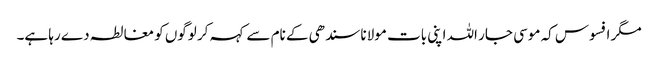
مگر افسوس کہ موسی جار اللہ اپنی بات مولانا سندھی کے نام سے کہہ کر لوگوں کو مغالطہ دے رہا ہے۔